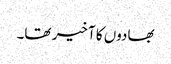
بھادوں کا آخیر تھا۔